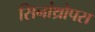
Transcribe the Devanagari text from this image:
सिनांथ्रोपस